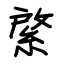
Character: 綮